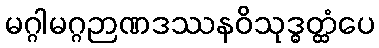
မဂ္ဂါမဂ္ဂဉာဏဒဿနဝိသုဒ္ဓတ္ထံပေ